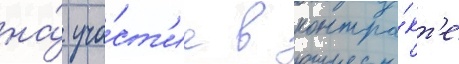
на́ уча́ст'ие в контра́кт'е